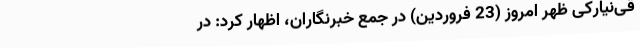
قی‌نیارکی ظهر امروز (23 فروردین) در جمع خبرنگاران، اظهار کرد: در